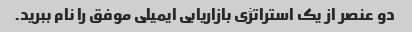
دو عنصر از یک استراتژی بازاریابی ایمیلی موفق را نام ببرید.